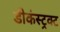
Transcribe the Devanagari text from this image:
डीकंस्ट्रक्ट